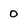
Character: 0